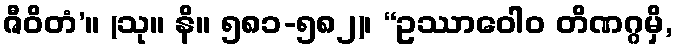
ဇီဝိတံ’။ (သု။ နိ။ ၅၈၁-၅၈၂)၊ “ဥဿာဝေါဝ တိဏဂ္ဂမှိ,